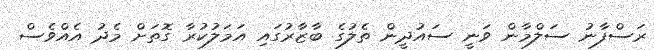
ރަސްފާނު ސަލްމާން ވަނީ ސައުދީން ތެލުގެ ބާޒާރުގައި އަމަލުކުރާ ގޮތަށް މެދު އެއްވެސް